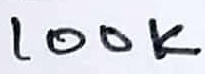
Text: 100K